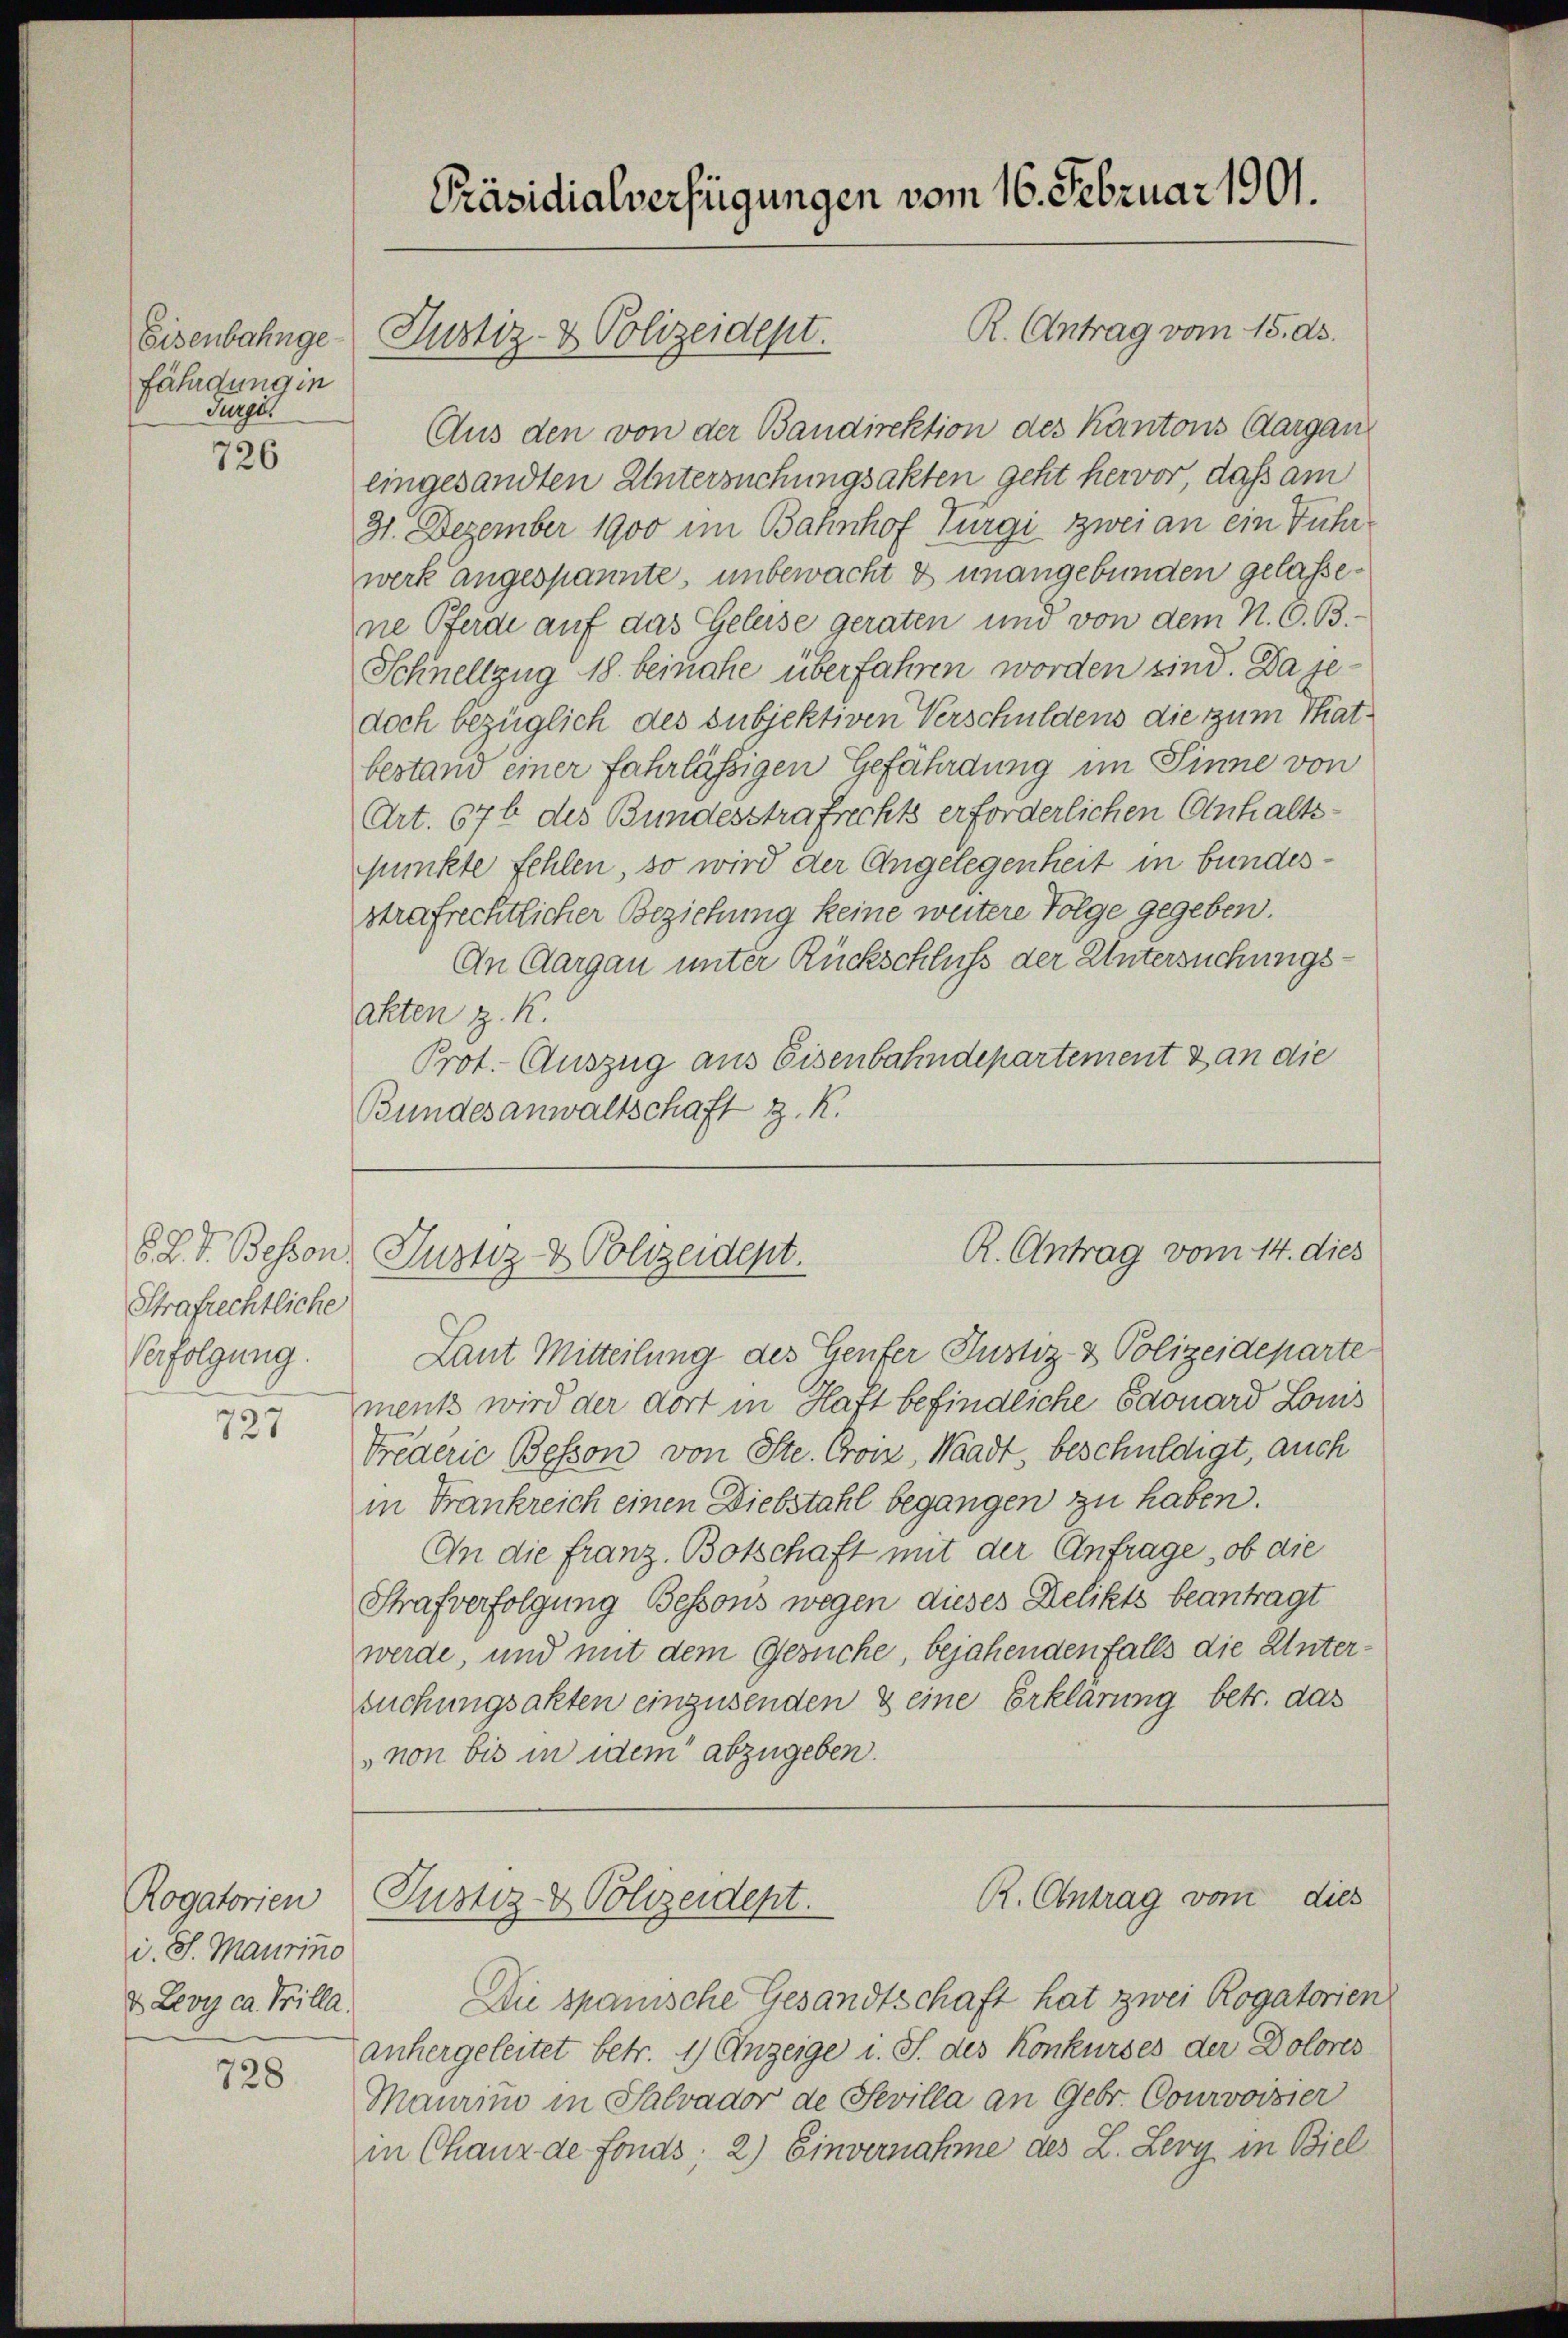
Eisenbahngefährdung in
Jurgi

726

Strafrechtliche
Verfolgung.

727

Rogatorien
i. S. Maurino
d Levy ca. Prilla

728

R. Antrag vom 15. ds.
Aus den von der Bandirektion des Kantons Aargau
eingesandten Untersuchungsakten geht hervor, dass am
31. Dezember 1900 im Bahnhof Türgi zwei an ein Fuhrwerk angespannte, unbewacht & unangebunden gelassene Pferde auf das Geleise geraten und von dem N. O. B.
Schnellzug 18. beinahe überfahren worden sind. Da sedoch bezüglich des subjektiven Verschuldens die zum Thatbestand einer fahrlässigen Gefährdung im Sinne von
Art. 676 des Bundesstrafrechts erforderlichen Anhaltspunkte fehlen, so wird der Angelegenheit in bundesstrafrechtlicher Beziehung keine weitere Folge gegeben.
An Aargau unter Rückschluß der Untersuchungsakten z. K.
Prot. Auszug aus Eisenbahndepartement van die
Bundesanwaltschaft z. R.

Präsidialverfügungen vom 16. Februar 1901.

Justiz- & Polizeidept.

R. Antrag vom 14. dies
S. R. V. Bessen, Justiz- & Polizeident.

Laut Mitteilung des Genfer Justiz- & Polizeideparte
ment wird der dort in Haft befindliche Saonard Louis
Trederie Bosson von Ste. Cron, Waadt, beschuldigt, auch
in Frankreich einen Diebstahl begangen zu haben.
An die franz. Botschaft mit der Anfrage, ob die
Strafverfolgung Bessens wegen dieses Delikts beantragt
werde, und mit dem Gesuche, bejahendenfalls die Untersuchungsakten einzusenden & eine Erklärung betr. das
non bis in dem abzugeben.

R. Antrag vom dies
Justiz- & Polizeidept.

Du spanische Gesandtschaft hat zwei Rogatorien
anhergeleitet betr. 1) Anzeige i. S. des Konkurses der Dolores
Maurimo in Salvador de Sevilla an Gebr. Courvoisier
in Chaux de fonds; 2) Einvernahme des L. Lery in Biel